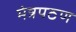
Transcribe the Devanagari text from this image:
मंत्रपठण